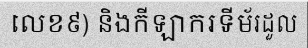
លេខ៩) និងកីឡាករទីម័រដួល